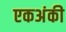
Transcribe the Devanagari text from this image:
एकअंकी